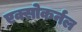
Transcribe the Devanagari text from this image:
एक्सोकर्नल